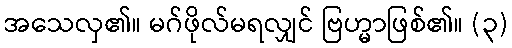
အသေလှ၏။ မဂ်ဖိုလ်မရလျှင် ဗြဟ္မာဖြစ်၏။ (၃)